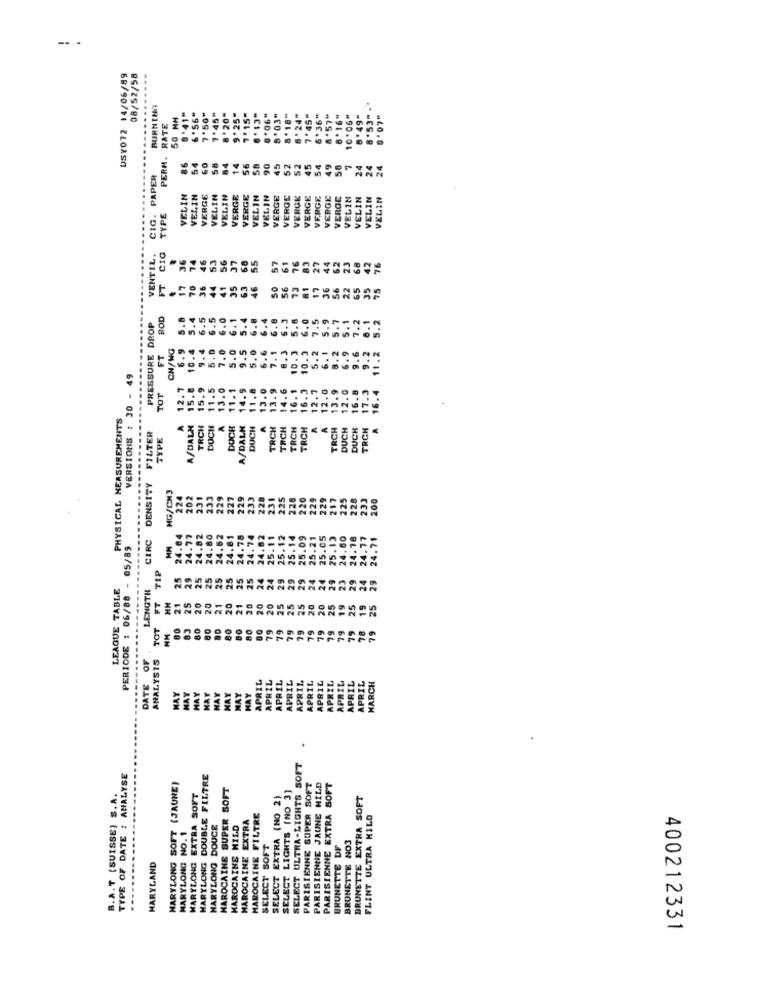
-. .
DSY072 14/06/89
08/52/58
...........
BURNING
8 '53" .*
50 MH
8 '41"
6'56"
7'50"
7.45"
8'20"
9 .25"
7'15"
.'06"
8'03"
6 ' 24"
7.45"
6 '36"
8'57"
10'06"
RATE
PERM.
86
60
14
56
90
45
52
45
54
49
56
24
24
4
CIG. PAPER
VELIN
VELIN
VERGE
VELIN
VELIN
VERGE
VERGE
VELIN
VELIN
VERGE
VERGE
VEROK
VERGE
VERGE
VERGE
VEROC
VELIN
VELIN
VELIN
VELIN
TYPE
VENTIL.
CIG
36
74
46
56
37
5.5
57
61
83
23
68
44
76
FT
17
70
36
44
41
63
46
SO
56
73
81
ROD
5.8
5.4
6.5
6.5
6.0
6. 1
5.4
6.8
6.4
6.8
6.3
5.6
6.0
7.5
5.9
5.7
5.1
7.2
1. 2
PRESSURE DROP
6.1
CH/WG
6.9
10.4
9.4
5.0
7.0
6.6
7.1
6.3
6. 1
8.2
6.9
9.6
FT
10.3
10.3
5.2
9.2
11.
VERSIONS : 30 - 49
15.8
11.5
13.0
11.1
14.9
11.8
13.0
13.9
4.6
16. 1
16.3
12.7
12.0
13.9
12.0
16.8
17.3
16.4
TOT
PHYSICAL MEASUREMENTS
A/DALM
A
A
TRCH
TRCH
TRCH
A
TRCH
DUCH
DUCK
TRCK
FILTER
TYPE
....
CIRC DENSITY
MG/CH3
224
202
231
233
229
227
229
233
228
231
225
228
220
229
229
217
225
228
233
200
24.04
24.77
24.82
24.80
24.62
24.81
24.78
24.74
24.62
25.11
25.12
25.14
25.09
25.21
25.13
24.60
24.78
24.77
24.71
PERIODE : 06/88 - 05/85
25.0
TIP
25
29
25
25
25
25
25
24
24
29
29
29
24
24
29
23
29
24
LEAGUE TABLE
LENGTH
29
21
25
20
20
FT
HH
20
20
21
20
21
20
20
20
25
19
25
19
25
TOT
80
80
80
80
79
79
79
79
78
NM
79
79
ANALYSTS
DATE OF
APRIL
APRIL
APRIL
MAY
MAY
APRIL
APRIL
APRIL
APRIL
APRIL
APRIL
APRIL
APRIL
HARCH
HAY
HAY
HAY
HAY
HAY
SELECT ULTRA-LIGHTS SOFT
TYPE OF DATE : ANALYSE
HARYLONG DOUBLE FILTRE
B. A.T (SUISSE) S.A.
MARYLONG SOFT (JAUNE)
MAROCAINE SUPER SOFT
SELECT LIGHTS (NO 3]
PARISIENNE SUPER SOFT
PARISIENNE JAUNE HILD
PARISIENNE EXTRA SOFT
EXTRA SOFT
SELECT EXTRA (NO 2)
BRUNETTE EXTRA SOFT
EXTRA
MAROCAINE FILTRE
FLINT ULTRA MILD
MARYLONG DOUCE
MAROCAINE MILD
MARYLONG NO. 1
BRUNETTE NO3
SELECT SOFT
BRUNETTE DF
MAROCAINE
MARYLAND
HARYLONG
400212331